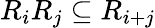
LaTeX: R_{i}R_{j}\subseteq R_{i+j}